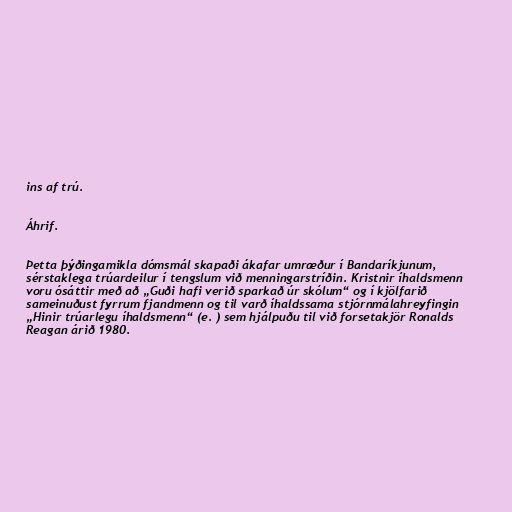
ins af trú.

Áhrif.

Þetta þýðingamikla dómsmál skapaði ákafar umræður í Bandaríkjunum,
sérstaklega trúardeilur í tengslum við menningarstríðin. Kristnir íhaldsmenn
voru ósáttir með að „Guði hafi verið sparkað úr skólum“ og í kjölfarið
sameinuðust fyrrum fjandmenn og til varð íhaldssama stjórnmálahreyfingin
„Hinir trúarlegu íhaldsmenn“ (e. ) sem hjálpuðu til við forsetakjör Ronalds
Reagan árið 1980.